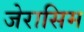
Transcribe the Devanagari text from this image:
जेरासिम